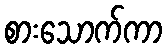
စားသောက်ကာ